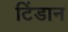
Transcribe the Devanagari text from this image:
टिंडान